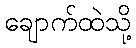
ချောက်ထဲသို့